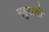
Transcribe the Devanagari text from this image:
महुराणों